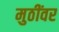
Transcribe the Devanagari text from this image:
मुठींवर